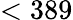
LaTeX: <389